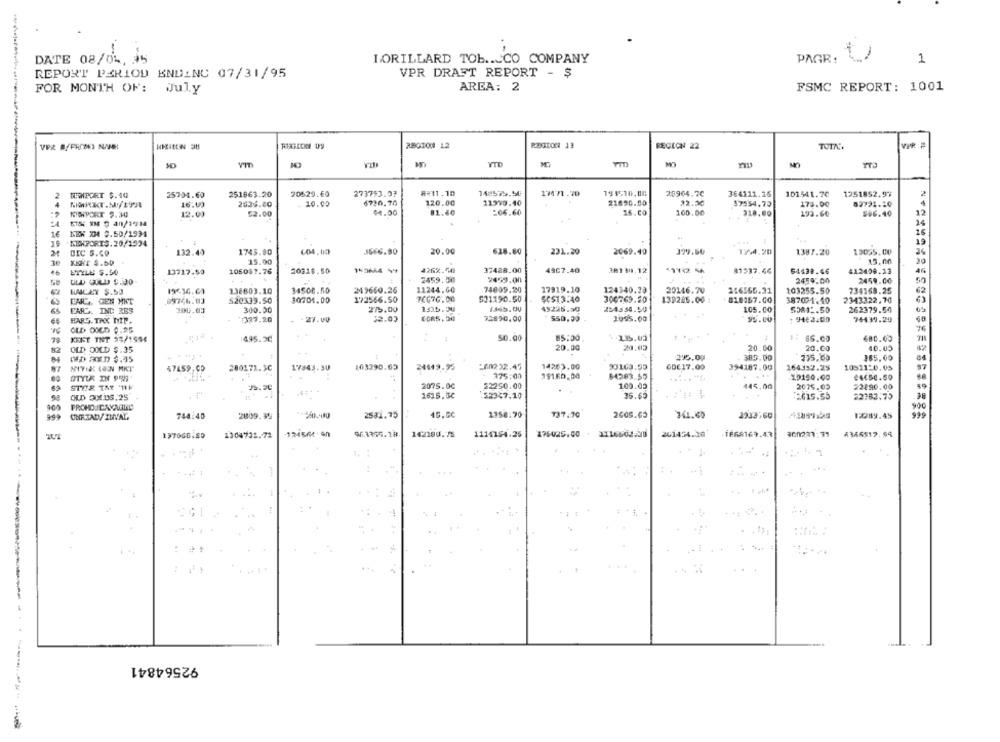
-
DATE 08/04, 35
LORILLARD TOb .. CO COMPANY
PAGR:
1
REPORT PERIOD ENDING 07/31/95
VPR DRAFT REPORT - $
FOR MONTH OF: July
AREA: 2
FSMC REPORT: 1001
REGION Uy
REGION 12
REGION 22
TOTK
VPR
M
YTD
TUEMPORT $.40
25704.60
251863.20
20529.60
2737$3.0?
A₹11.10
14 575.56
17471.70
195510.06
25904.70
364111.25
101541.70
1251852.97
11970.40
22.30
16.03
2636.20
10.00
6720.70
120,00
21890.50
37554.73
175.00
53721.10
MICHPORT 9.30
12.00
52.00
$4.00
81.40
206.60
16.00
160.00
318.00
193.60
$96.40
12
16
1€
NEK D4 3.50/1994
KBWPORIS.20/1924
3
DIC S.CO
132.40
1743.80
20.00
628.80
231.20
2069.40
399.60
1364.20
1387.20
13035.00
15.00
15.00
30
KERT $.bD
ETYLU S.50
13717.53
105087.76
20318.50
4262.50
37488.00
4967.40
38138.12
81537.46
54438.46
412408.13
46
2459.50
2459.00
2459:00
2459.00
50
19636.03
138803.10
34508.50
249650.26
11244,60
74809.20
17919.10
124340.28
20146.70
216565.31
103255.50
734168.25
62
CARTA GEN MIT
09746.03
$20339.50
30704.00
172566.50
531190.50
SC$13:40
300769.20
138225.00
387074.40
2343322,70
PARC. IND RES
300.03
300.30
275.00
1.536 .30
49226.50
204354.50
105.00
55841.50
262379.54
FARG. TAX MIP.
337.20
- - 27.00
32.03
72890.00
550,99
1995.00
95.00
74439.20
76
OLD DOCD 0.25
KEET TNT 25/1594
:495.30
50.00
85:00
1.135.02
#: 66.00
680.00
82
OLD DOLD $.35
20.30
20.03
20.00
20.00
40.05
82
295.00
385.00
735.00
185.00
DID SOLD $.35
47459.00
280171.5C
17843.30
103290.69
24149.95
:60232.45
14263.00
90163.50
6DE17.00
394187.00
164332.25
10511-0.05
97
OTEUR IN PRE
375:00
19160.00
X0150.00
24650.50
STETE TMY "111
2075.00
22250.00
100.05
445.00
2076.05
22290.00
19
OLD DOLDS.25
1616.30
152347.10
36.60
$2615.56
22982.75
900
999
ONESALV ZUVAL
744:40
2009.99
2581.75
46.00
1356.70
737.70
2605.65
741.65
2933,60
12289.45
999
1970GB.80
1304731.72
963375.18.
142180.75
1114154.25
175025.00
261474.36
-TE68169.43
4346517.94
92564841